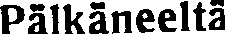
Pälkäneeltä